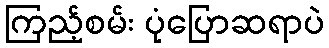
ကြည့်စမ်း ပုံပြောဆရာပဲ